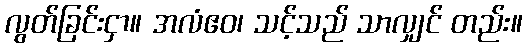
လွတ်ခြင်းငှာ။ အလံဧဝ၊ သင့်သည် သာလျှင် တည်း။